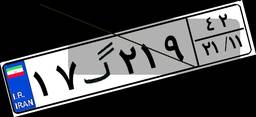
۱۷گ۲۱۹۴۲